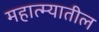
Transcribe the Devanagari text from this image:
महात्म्यातील